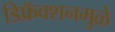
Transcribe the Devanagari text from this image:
डिफ्रॅक्शनमुळे